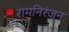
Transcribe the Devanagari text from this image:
रामनिरंजन